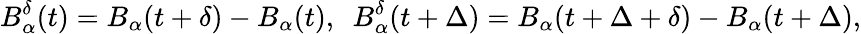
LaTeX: B_{\alpha}^{\delta}(t)=B_{\alpha}(t+\delta)-B_{\alpha}(t),\, \, \, B_{\alpha}^{\delta}(t+\Delta)=B_{\alpha}(t+\Delta+\delta)-B_{\alpha}(t+\Delta),